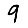
Digit: 9